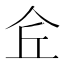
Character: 𠇯